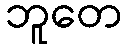
ဘူတေ